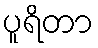
ပူရိတာ